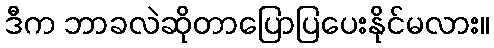
ဒီက ဘာခလဲဆိုတာပြောပြပေးနိုင်မလား။